Report of the Hyderabad Chloroform Commission
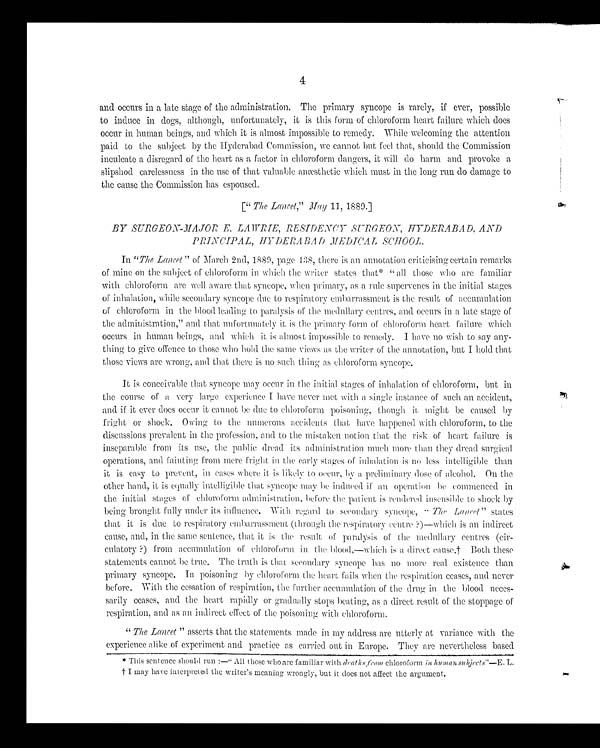
4
and occurs in a late stage of the administration. The primary syncope is rarely, if ever, possible
to induce in dogs, although, unfortunately, it is this form of chloroform heart failure which does
occur in human beings, and which it is almost impossible to remedy. While welcoming the attention
paid to the subject by the Hyderabad Commission, we cannot but feel that, should the Commission
inculcate a disregard of the heart as a factor in chloroform dangers, it will do harm and provoke a
slipshod carelessness in the use of that valuable anæsthetic which must in the long run do damage to
the cause the Commission has espoused.
[" The Lancet," May 11, 1889.]
BY SURGEON-MAJOR E. LAW RI E, RESIDENCY SUR GEON, HYD ERABAD, AND
PRINCIPAL, HYDERABAD MEDICAL SCHOOL.
In " The Lancet " of March 2nd, 1889, page 438, there is an annotation criticising certain remarks
of mine on the subject of chloroform in which the writer states that* " all those who are familiar
with chloroform are well aware that syncope, when primary, as a rule supervenes in the initial stages
of inhalation while secondary syncope due to respiratory embarrassment is the result of accumulation
of chloroform in the blood leading to paralysis of the medullary centres, and occurs in a late stage of
the administration," and that unfortunately it is the primary form of chloroform heart failure which
occurs in human beings, and which it is almost impossible to remedy. I have no wish to say any-
thing to give offence to those who hold the same views as the writer of the annotation, but I hold that
those views are wrong, and that there is no such thing as chloroform syncope.
It is conceivable that syncope may occur in the initial stages of inhalation of chloroform, but
in
the course of a very large experience I have never met with a single instance of such an accident,
and if it ever does occur it cannot be due to chloroform poisoning, though it might be caused by
fright or shock. Owing to the numerous accidents that have happened with chloroform, to the
discussions prevalent in the profession, and to the mistaken notion that the risk of heart failure is
inseparable from its use, the public dread its administration much more than they dread surgical
operations, and fainting from mere fright in the early stages of inhalation is no less intelligible than
it is easy to prevent, in cases where it is likely to occur, by a preliminary dose of alcohol. On the
other hand, it is equally intelligible that syncope may be induced if an operation be commenced in
the initial stages of chloroform administration, before the patient is rendered insensible to shock by
being brought fully under its influence. With regard to secondary syncope, " The Lancet " states
that it is due to respiratory embarrassment (through the respiratory centre ;)—which is an indirect
cause, and, in the same sentence, that it is the result of paralysis of the medullary centres (cir-
culatory ?) from accumulation of chloroform in the blood,—which is a direct cause.† Both these
statements cannot be true. The truth is that secondary syncope has no more real existence than
primary syncope. In poisoning by chloroform the heart fails when the respiration ceases, and never
before. With the cessation of respiration, the further accumulation of the drug in the blood neces-
sarily ceases, and the heart rapidly or gradually stops beating, as a direct result of the stoppage of
respiration, and as an indirect effect of the poisoning with chloroform.
" The Lancet " asserts that the statements made in my address are utterly at variance with the
experience alike of experiment and practice as carried out in Europe. They are nevertheless based
* This sentence should run :—" All those who are familiar with deaths from chloroform in human s.ubjects"—E. L.
† I may have interpreted the writer's meaning wrongly, but it does not affect the argument.